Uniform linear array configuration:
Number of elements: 4
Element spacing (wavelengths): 0.5
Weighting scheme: uniform
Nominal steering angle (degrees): -45
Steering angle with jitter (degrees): -43.895
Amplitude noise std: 0.05
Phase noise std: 0.05

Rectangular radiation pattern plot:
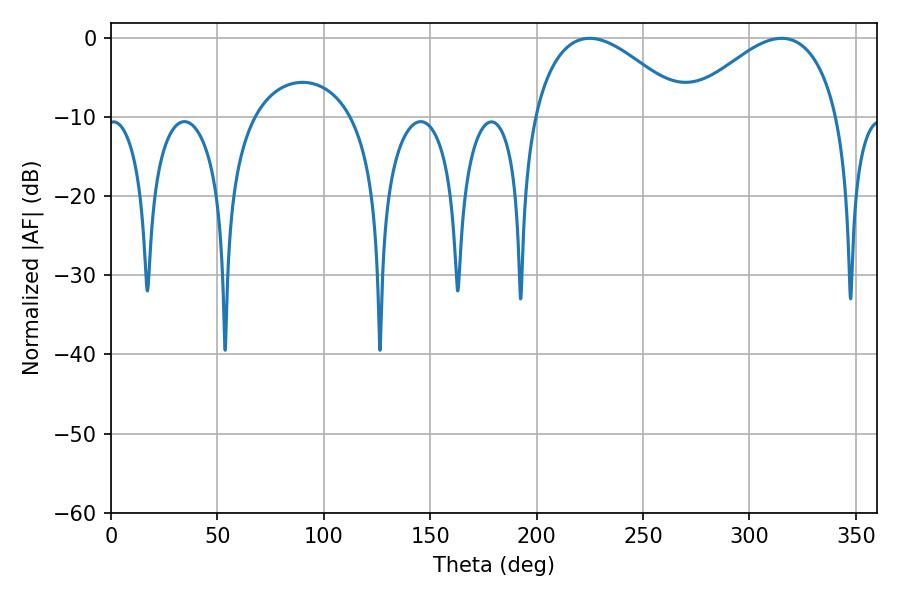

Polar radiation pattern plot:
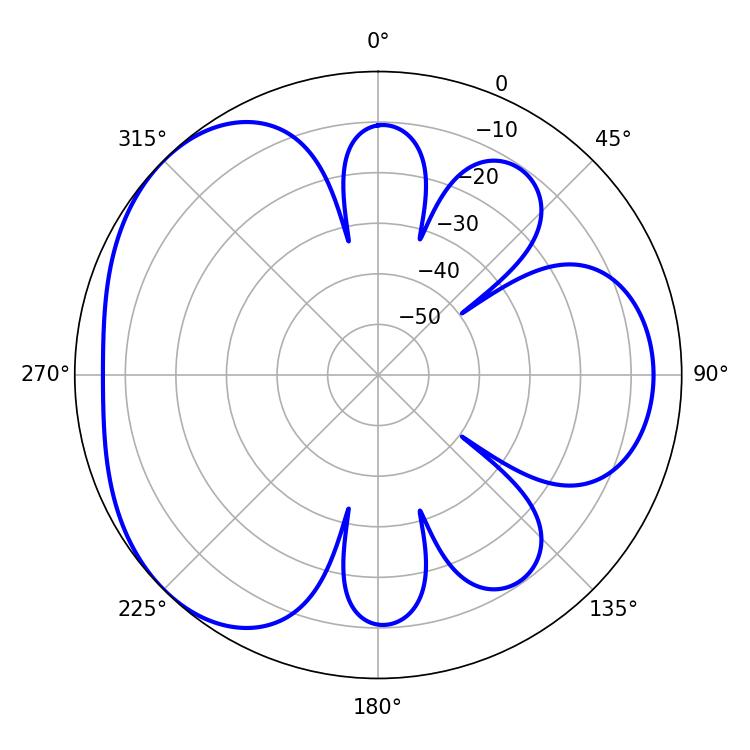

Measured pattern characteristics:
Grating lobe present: FALSE
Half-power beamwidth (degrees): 39.6
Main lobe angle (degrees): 224.82